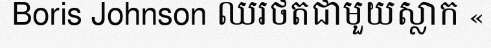
Boris Johnson ឈរថតជាមួយស្លាក «